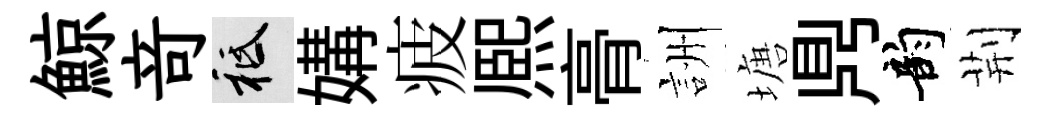
鯨竒祇媾疲熈𮌔詶塘𪔂韵荆